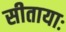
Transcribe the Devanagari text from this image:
सीतायाः